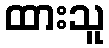
ထားသူ